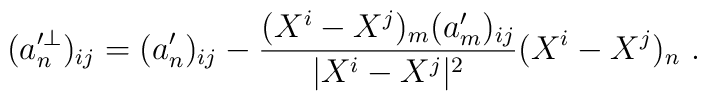
(a^{\prime\perp}_n)_{ij}=(a'_n)_{ij}-\frac{(X^i-X^j)_m(a'_m)_{ij}}{|X^i-X^j|^2}(X^i-X^j)_n\ .